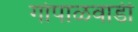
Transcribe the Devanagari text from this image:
गोपाळवाडी